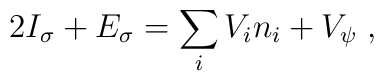
2I_\sigma+E_\sigma=\sum_iV_in_i+V_\psi\;,